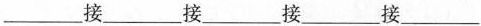
___接___接___接___接__